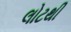
લોટથી